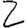
Digit: 2